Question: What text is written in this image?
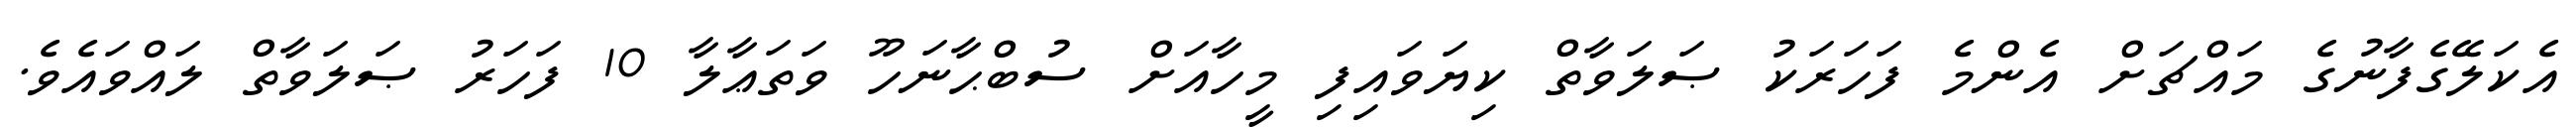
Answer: އެކަލޭގެފާނުގެ މައްޗަށް އެންމެ ފަހަރަކު ޞަލަވާތް ކިޔަވައިފި މީހާއަށް ސުބްޙާނަހޫ ވަތަޢާލާ 10 ފަހަރު ޞަލަވާތް ލައްވައެވެ.